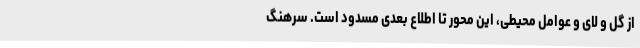
از گل و لای و عوامل محیطی، این محور تا اطلاع بعدی مسدود است. سرهنگ